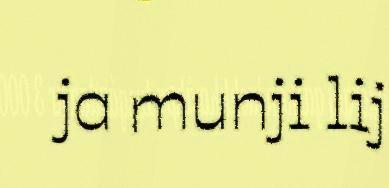
ja munji lij